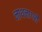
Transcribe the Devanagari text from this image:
नाथनागरी